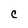
Character: C